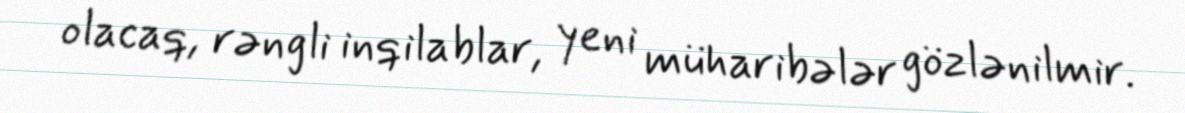
olacaq, rəngli inqilablar, yeni müharibələr gözlənilmir.